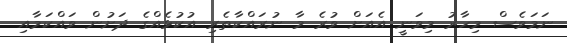
ނަމަވެސް މިހާރު މިވަނީ އެއަށް ވުރެ މާ ނުރައްކާތެރި އުކުޅެއްގެ ދަށުން ވައްކަމާއި